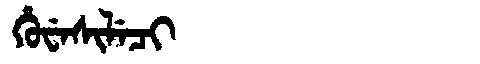
Manchu: ᡥᡠᠸᡝᠰᡳᠯᡝᠴᡳ
Romanization: HUWESILECI